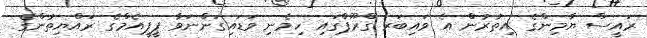
ރައީސް ޔާމިންގެ އިތުރުން އެ ވައިބަރ ގްރޫޕްގައި ހިމެނި ވަޑައިގަންނަވާ ޕީޕީއެމްގެ ރައްޔިތުންގެ